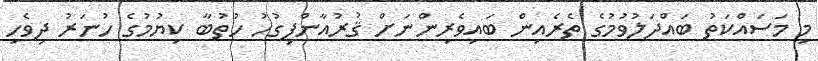
މި މަސައްކަތު ބައްދަލުވުމުގެ ތެރެއިން ބައިވެރިންނަށް ޤުރުއާންފިގުހު ހުތުބާ ކިޔުމުގެ ހުނަރު ދިވެހި